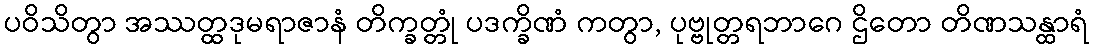
ပဝိသိတွာ အဿတ္ထဒုမရာဇာနံ တိက္ခတ္တုံ ပဒက္ခိဏံ ကတွာ, ပုဗ္ဗုတ္တရဘာဂေ ဌိတော တိဏသန္ထာရံ